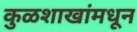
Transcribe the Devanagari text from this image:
कुळशाखांमधून